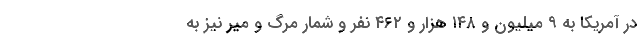
در آمریکا به ۹ میلیون و ۱۴۸ هزار و ۴۶۲ نفر و شمار مرگ و میر نیز به